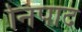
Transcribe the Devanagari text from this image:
निपाद